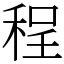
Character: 程